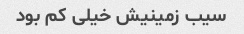
سیب زمینیش خیلی کم بود